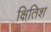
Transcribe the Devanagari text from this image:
क्षितिश